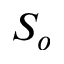
S _ { o }